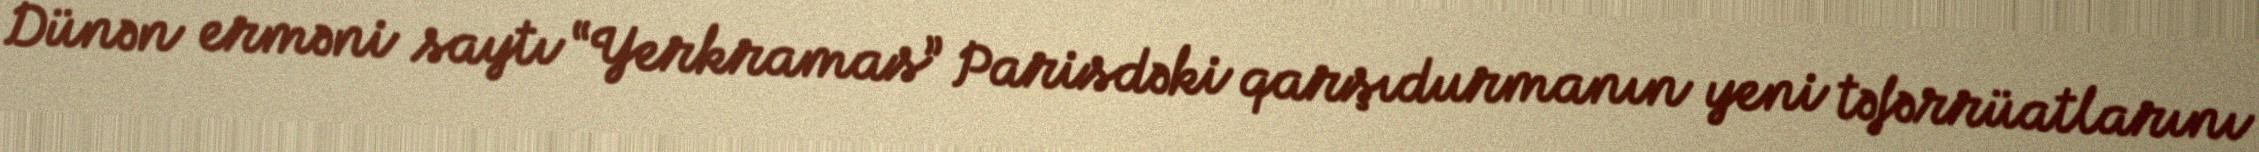
Dünən erməni saytı “Yerkramas” Parisdəki qarşıdurmanın yeni təfərrüatlarını